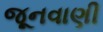
જૂનવાણી